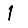
Digit: 1